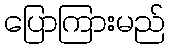
ပြောကြားမည်